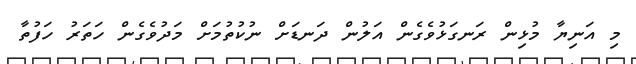
މި އަނިޔާ މުޅިން ރަނގަޅުވެގެން އަލުން ދަނޑަށް ނުކުތުމަށް މަދުވެގެން ހަތަރު ހަފުތާ